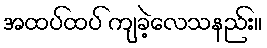
အထပ်ထပ် ကျခဲ့လေသနည်း။